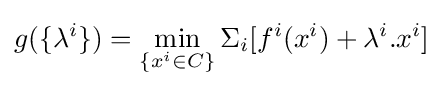
g(\{\lambda ^{i}\})=\min _{\{x^{i}\in C\}}\Sigma _{i}[f^{i}(x^{i})+\lambda ^{i}.x^{i}]